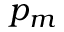
p _ { m }